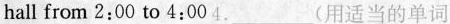
hall from 2:00 to 4:00 4.___(用适当的单词